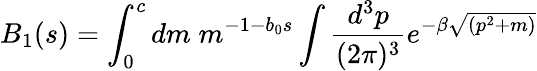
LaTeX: B_{1}(s)=\int_{0}^{c}dm\; m^{-1-b_{0}s}\int\frac{d^{3}p}{(2\pi)^{3}}e^{-\beta\sqrt{(p^{2}+m)}}